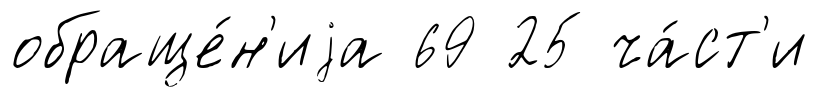
обраще́н'иjа 69 25 ча́ст'и